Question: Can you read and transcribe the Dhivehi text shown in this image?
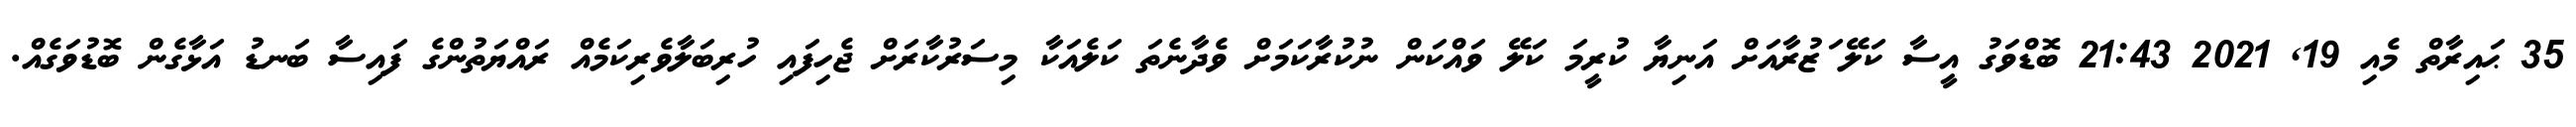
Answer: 35 ޙައިރާތް މެއި 19, 2021 21:43 ބޮޑްވަގު އީސާ ކަލޭ ަޒުރާއަށް އަނިޔާ ކުރީމަ ކަލޭ ވައްކަން ނުކުރާކަމަށް ވެދާނެތަ ކަލެއަކާ މިސަރުކާރަށް ޖެހިފައި ހުރިބަލާވެރިކަމެއް ރައްޔަތުންގެ ފައިސާ ބަނޑު އަޅާގެން ބޮޑުވަގެއް.